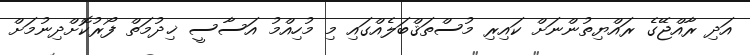
އަދި ރާއްޖޭގެ ރައްޔިތުންނަށް ކައިރި މުސްތަޤްބަލެއްގައި މި މުހިއްމު އަސާސީ ޚިދުމަތް ފޯރުކޮށްދިނުމަށް